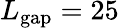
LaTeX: L_{\mathrm{gap}}=25